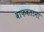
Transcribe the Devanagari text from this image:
वाफवताना